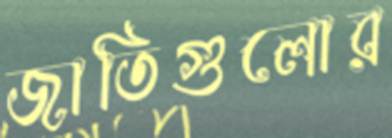
জাতিগুলোর